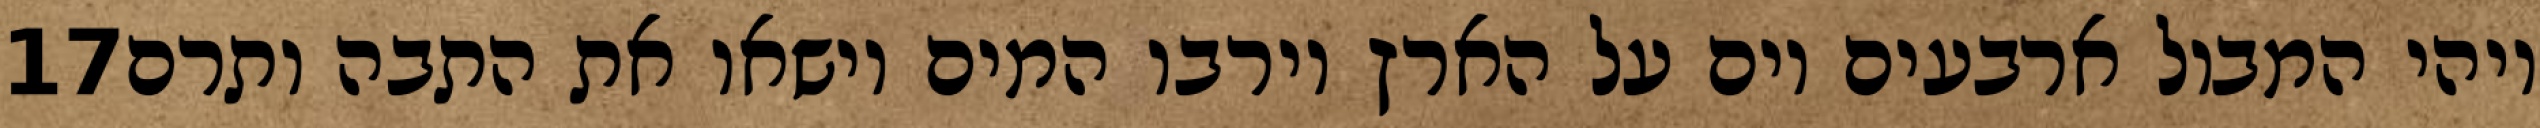
‎17‏ ויהי המבול ארבעים יום על הארץ וירבו המים וישאו את התבה ותרם